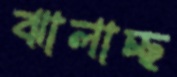
ঝালাচ্ছ